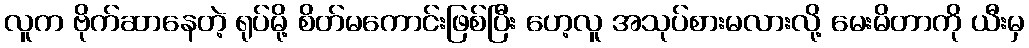
လူက ဗိုက်ဆာနေတဲ့ ရုပ်မို့ စိတ်မကောင်းဖြစ်ပြီး ဟေ့လူ အသုပ်စားမလားလို့ မေးမိတာကို ယီးမှ